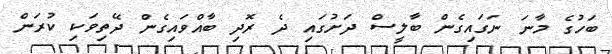
ބަހުގެ މާނަ ނަގައިގެން ބާލީސް ދަށުގައި ދެ ރޮދި ބާއްވައިގެން ދޭތިވަކި ކުރަން